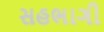
સહભાગી